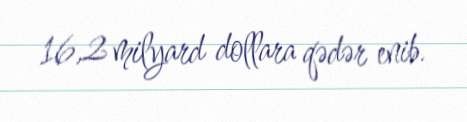
16,2 milyard dollara qədər enib.